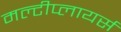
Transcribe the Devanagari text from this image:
मल्टीप्लायर्स